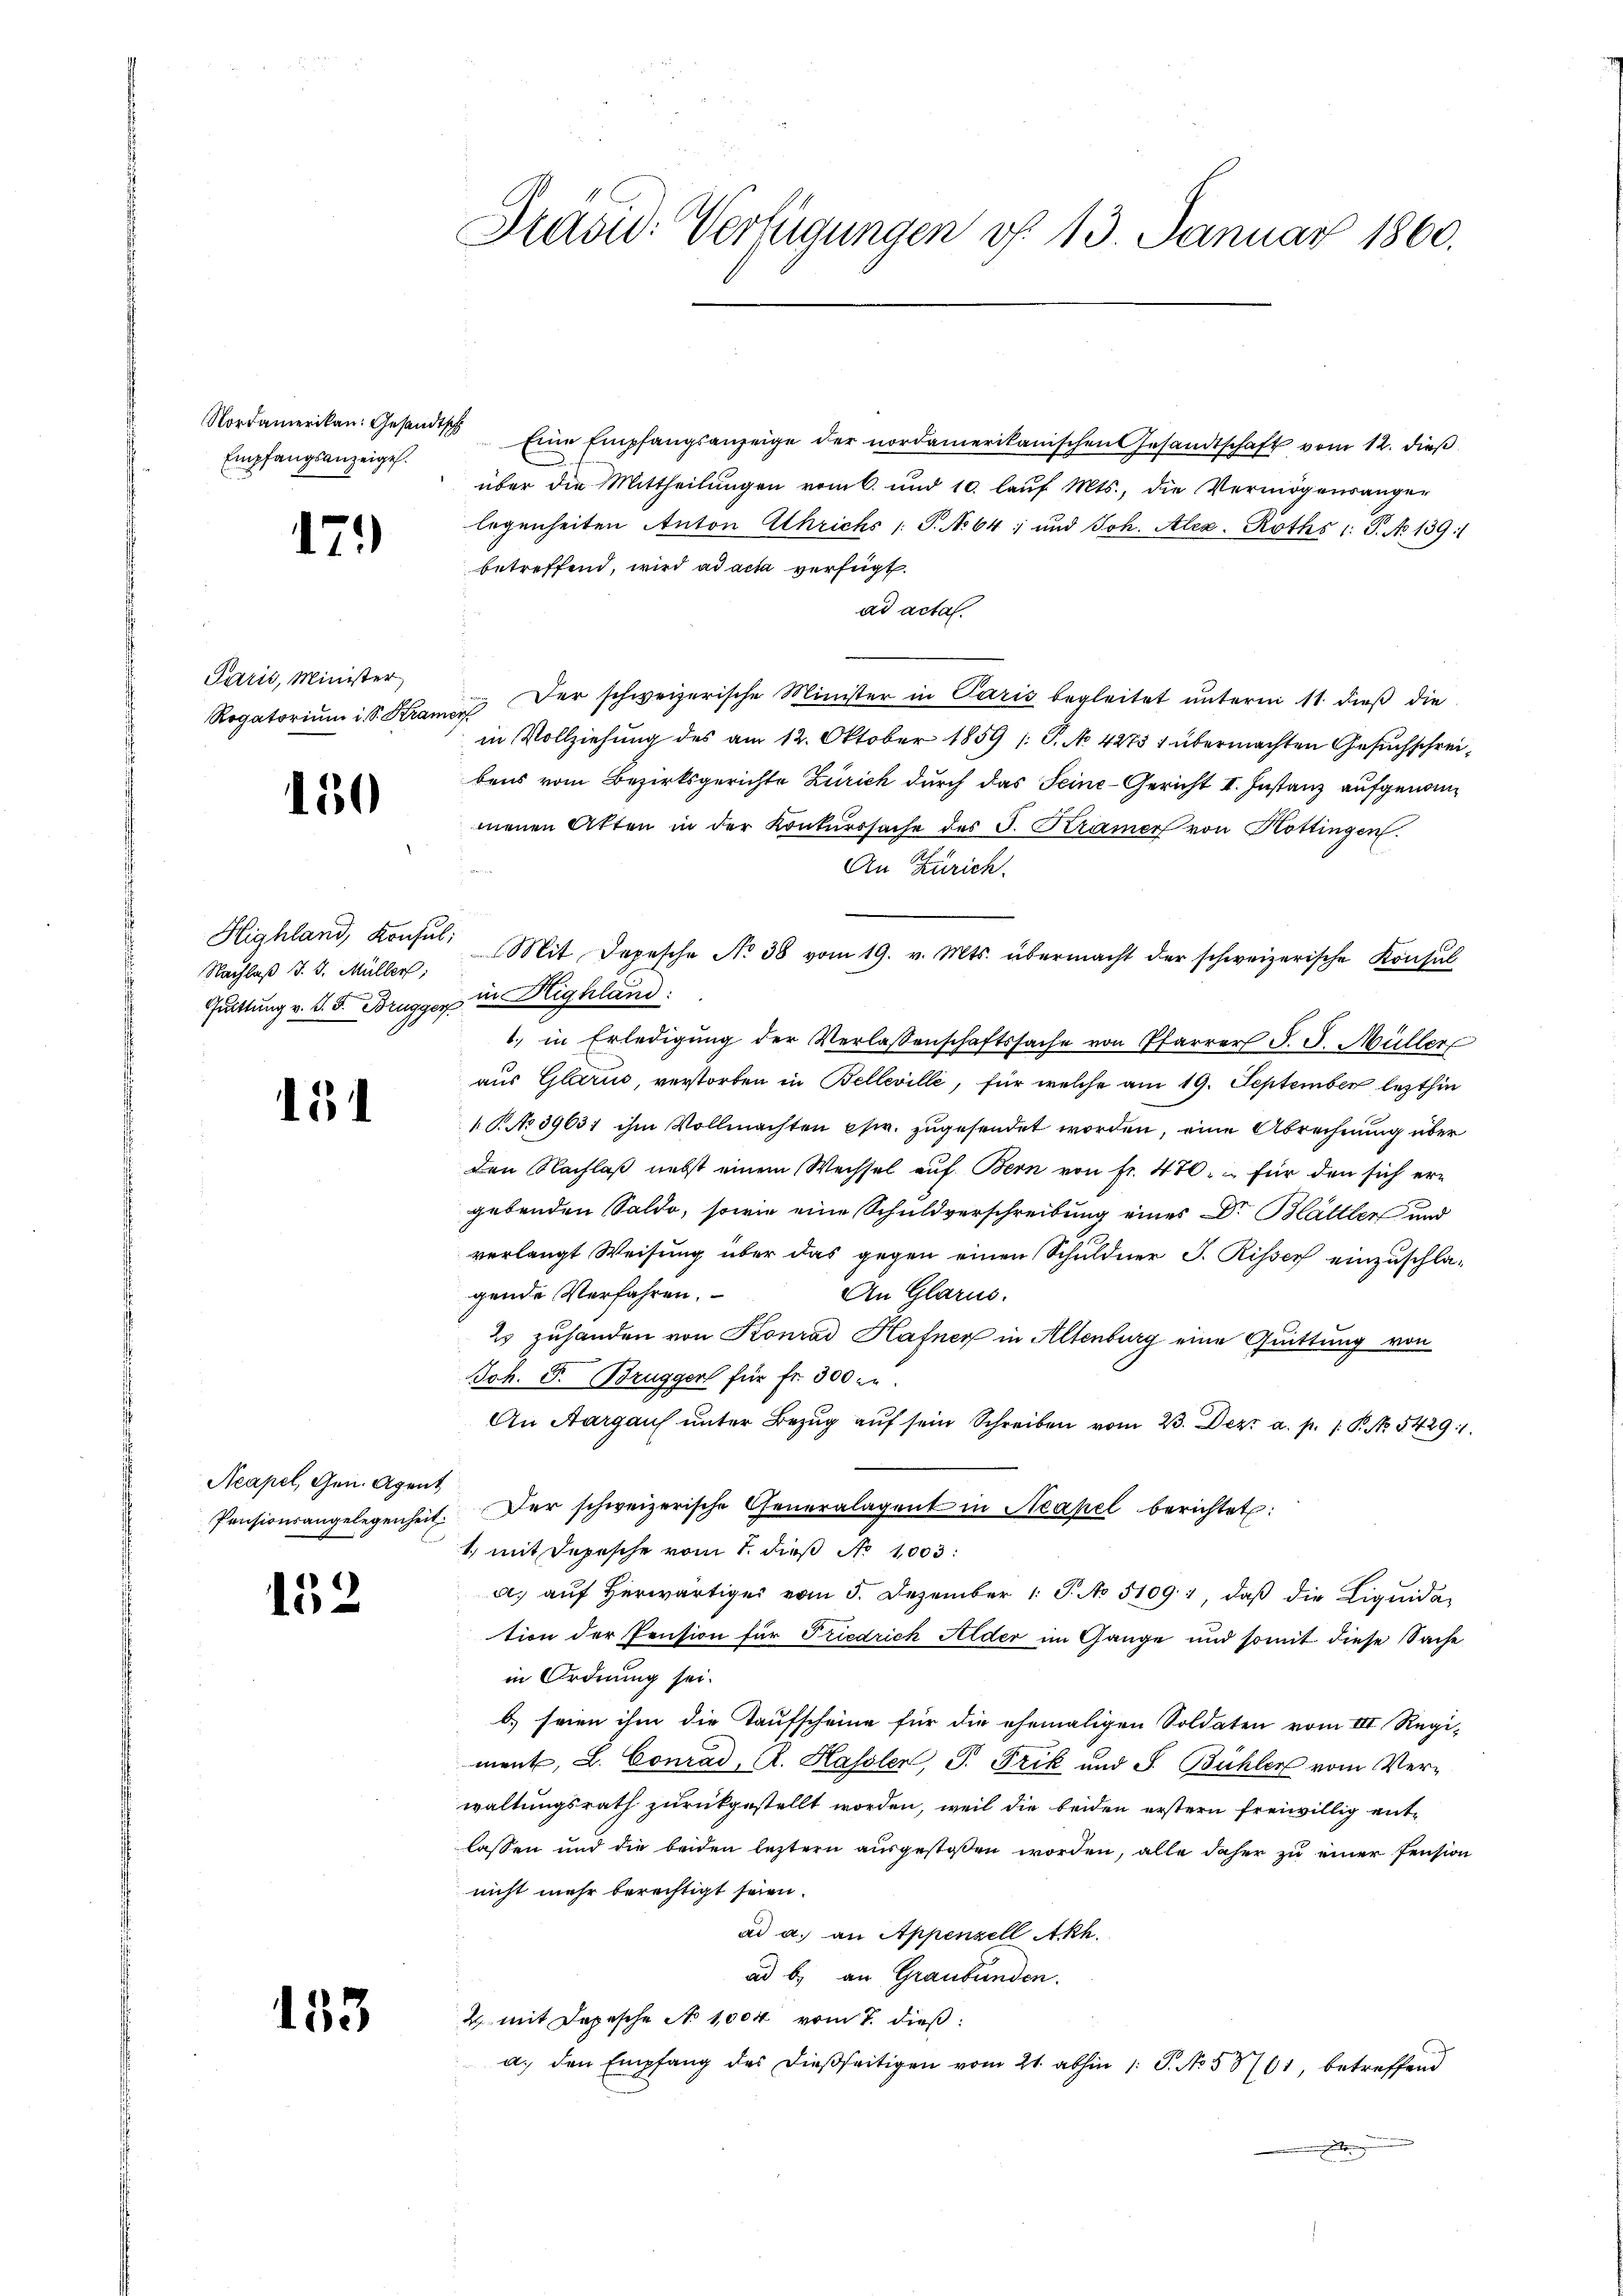
Empfangsanzeigel.

179)

Paris, Minister

150

Nachlaβ J. J. Müller;
Quittung v. J. F. Brugger in Highland:

15

Acapel, Gen. Agent

152

153

Grand: Verfügungen v. 13. Januar 1860.

Nordamerikan. Gesandtsch Eine Empfangsanzeige der nordamerikanischen Gesandtschaft vom 12. dieβ
über die Mittheilungen vom 6. und 10. laŭf Mts., die Vermögensanger
legenheiten Anton Athrichs /: P. No 64; und Joh. Alex- Roths l. J. No 139.
betreffend, wird ad acta verfügt:
ad acta.
Rogatoriŭm i S. Kranz der schweizerische Minister in Paris begleitet unterm 11. dieß die
in Vollziehung des am 12. Oktober 1859 (: P. No 4275 1 übermachten Gesuchschreibens vom Bezirksgerichte Zürich durch das Seine-Gericht II. Instanz aufgenommenen Akten in der Konkurssache des J. Kramer von Hottingen.
An Zürich.
Highland, Konsŭl. Mit Depesche No 38 vom 19. v. Mts. übermacht der schweizerische Konsul
1. in Erledigŭng der Verlassenschaftssache von Pfarrer J. J. Müller
aus Glarus, verstorben in Belleville, für welche am 19. September lezthin
1. No 39631 ihm Vollmachten pfr. zugesendet worden, eine Abrechnung über
den Nachlaß nebst einem Wechsel auf Bern von fr. 470. für den sich er-
gebenden Saldo, sowie eine Schuldverschreibung eines Dr Blättler und
verlangt Weisung über das gegen einen Schuldner J. Risser einzuschlagende Verfahren.
An Glarus.
2s zuhanden von Konrad Hafner in Altenburg eine Quittung von
Joh. F. Brugger für fr. 300 zu
An Aargaus unter Bezŭg aŭf sein Schreiben vom 23. Dez. a. p. 1. P. Nr. 54291.
Pensionsangelegenheit. Der schweizerische Generalagent in Neapel berichtet:
1., mit Depesche vom 1. dieß No 1003:
a. aŭf herwärtige vom 5. Dezember 1 S. No 5109. 1, daβ die Liquidation der Pension für Friedrich Alder im Gange und somit diese Sache
in Ordnung sei.
b) seien ihm die Taufscheine für die ehemaligen Soldaten vom III. Regi-
ment, L. Conrad, R. Hassler, P. Frik und J. Bühler vom Verwaltungsrath zurückgestellt worden, weil die beiden erstern freiwillig ent-
lassen und die beiden leztern ausgestoßen worden, alle daher zu einer Pension
nicht mehr berechtigt seien.
ad a. an Appenzell Akh.
ad b.) an Graubünden.
u mit Depesche No 1004 vom 7. dieß:
a. den Empfang des dießseitigen vom 21. abhin 1 S. No. 58761, betreffend
.